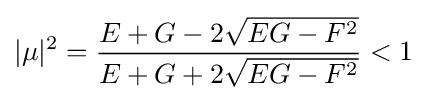
\displaystyle |\mu |^{2}={E+G-2{\sqrt {EG-F^{2}}} \over E+G+2{\sqrt {EG-F^{2}}}}<1